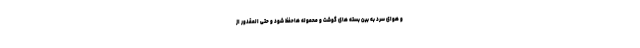
و هوای سرد به بین بسته های گوشت و محموله هاحفظ شود و حتی المقدور از